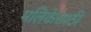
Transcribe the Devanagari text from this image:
मलिकेसाठी